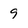
Character: 9